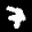
Label: 7